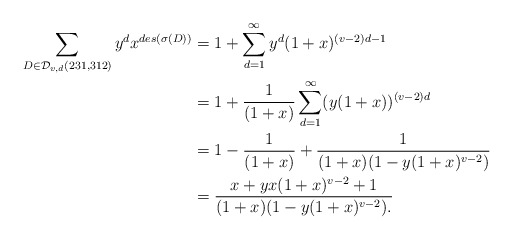
\begin{align*}\sum_{D \in \mathcal{D}_{v,d}(231,312)} y^dx^{des(\sigma(D))} &= 1 + \sum\limits_{d=1}^\infty y^d(1+x)^{(v-2)d-1}\\&= 1 + \frac{1}{(1+x)}\sum\limits_{d=1}^\infty (y(1+x))^{(v-2)d}\\&= 1 - \frac{1}{(1+x)} + \frac{1}{(1+x)(1-y(1+x)^{v-2})}\\&= \frac{x+yx(1+x)^{v-2}+1}{(1+x)(1-y(1+x)^{v-2}).}\end{align*}